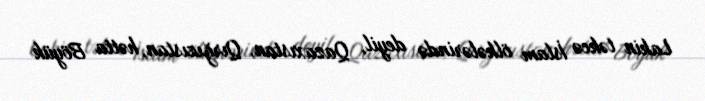
Lakin təkcə İslam ölkələrində deyil, Qazaxıstan, Qırğızıstan, hətta Böyük